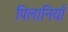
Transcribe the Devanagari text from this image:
पिलानियाँ